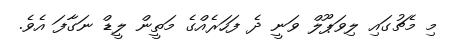
މި މެޗުގައި ލިވަޕޫލް ވަނީ ދެ ފަހަރެއްގެ މަތީން ލީޑް ނަގާފަ އެވެ.